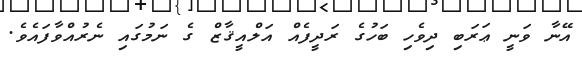
އޭނާ ވަނީ ޢަރަބި ދިވެހި ބަހުގެ ރަދީފެއް އަލްއީޤާޒް ގެ ނަމުގައި ނެރުއްވާފައެވެ.